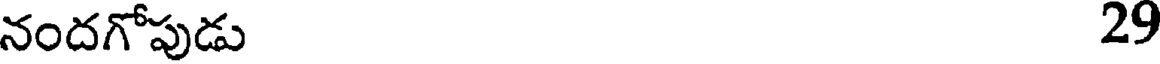
నందగోపుడు 29